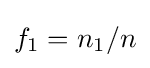
f_{1}=n_{1}/n